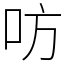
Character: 㕫